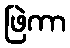
ဖြဲကာ